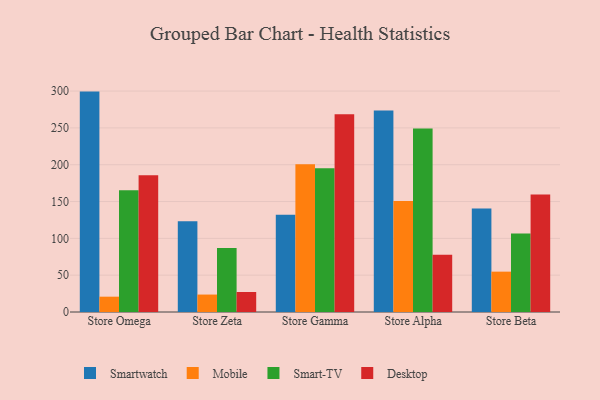
{"axis": {"x": "Store", "y": "Latency (ms)"}, "legend": ["Desktop", "Mobile", "Smart-TV", "Smartwatch"], "data": [{"x": "Store Omega", "y": 299.3, "type": "Smartwatch"}, {"x": "Store Omega", "y": 20.8, "type": "Mobile"}, {"x": "Store Omega", "y": 165.5, "type": "Smart-TV"}, {"x": "Store Omega", "y": 185.6, "type": "Desktop"}, {"x": "Store Zeta", "y": 123.1, "type": "Smartwatch"}, {"x": "Store Zeta", "y": 23.7, "type": "Mobile"}, {"x": "Store Zeta", "y": 86.8, "type": "Smart-TV"}, {"x": "Store Zeta", "y": 27.2, "type": "Desktop"}, {"x": "Store Gamma", "y": 132.0, "type": "Smartwatch"}, {"x": "Store Gamma", "y": 200.5, "type": "Mobile"}, {"x": "Store Gamma", "y": 195.3, "type": "Smart-TV"}, {"x": "Store Gamma", "y": 268.4, "type": "Desktop"}, {"x": "Store Alpha", "y": 273.6, "type": "Smartwatch"}, {"x": "Store Alpha", "y": 150.9, "type": "Mobile"}, {"x": "Store Alpha", "y": 249.1, "type": "Smart-TV"}, {"x": "Store Alpha", "y": 77.7, "type": "Desktop"}, {"x": "Store Beta", "y": 140.7, "type": "Smartwatch"}, {"x": "Store Beta", "y": 54.8, "type": "Mobile"}, {"x": "Store Beta", "y": 106.7, "type": "Smart-TV"}, {"x": "Store Beta", "y": 159.5, "type": "Desktop"}]}